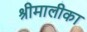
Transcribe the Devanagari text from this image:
श्रीमालीका